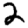
Digit: 2